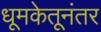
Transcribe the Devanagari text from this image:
धूमकेतूनंतर